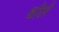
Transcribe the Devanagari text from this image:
धोले